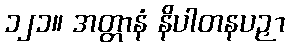
၁၂၁။ အတ္တာနံ နိပါတနပဉှာ